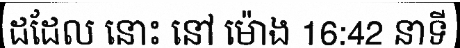
ដដែល នោះ នៅ ម៉ោង 16:42 នាទី